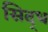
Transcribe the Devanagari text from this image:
सिद्‌ध